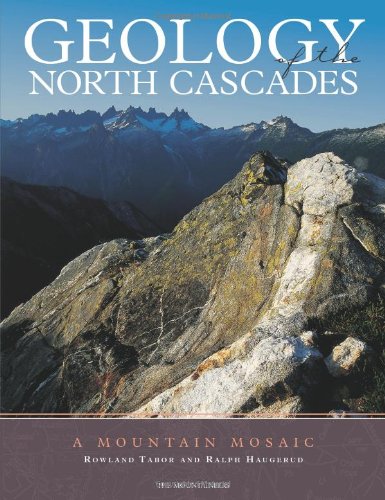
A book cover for Geology of the North Cascades: A Mountain Mosaic; R. W. Tabor; Science & Math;